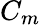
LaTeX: C_{m}